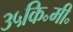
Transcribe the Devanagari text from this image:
३५कि॰मी॰